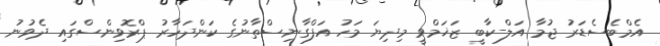
އެމްބެސެޑަރު ޖުމާ އަލް-ކާބީ ޒަޚަމްވީ މިދިޔަ މަހު އަފްގާނިސްތާނުގެ ކަންދަހާރު ޕްރޮވިންސްގައި ދެވުނު